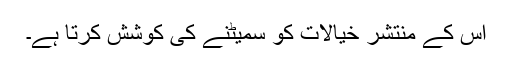
اس کے منتشر خیالات کو سمیٹنے کی کوشش کرتا ہے۔